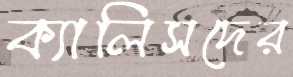
ক্যালিসদের